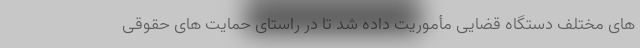
های مختلف دستگاه قضایی مأموریت داده شد تا در راستای حمایت های حقوقی